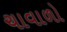
ચાવાળો